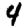
Digit: 4